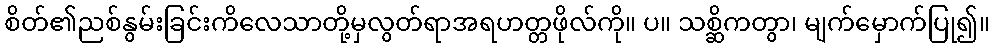
စိတ်၏ညစ်နွမ်းခြင်းကိလေသာတို့မှလွတ်ရာအရဟတ္တဖိုလ်ကို။ ပ။ သစ္ဆိကတွာ၊ မျက်မှောက်ပြု၍။